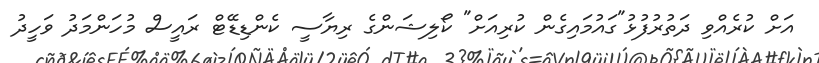
އަށް ކުރެއްވި ދަތުރުފުޅު"ގައުމައިގެން ކުރިއަށް" ކޯލިޝަންގެ ރިޔާސީ ކެންޑިޑޭޓް ރައީސް މުހަންމަދު ވަހީދު